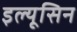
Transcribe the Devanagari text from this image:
इल्यूसिन